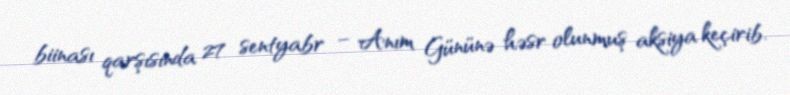
biinası qarşısında 27 sentyabr – Anım Gününə həsr olunmuş aksiya keçirib.